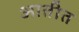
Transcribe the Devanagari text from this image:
आतीत